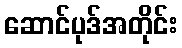
ဆောင်ပုဒ်အတိုင်း